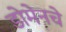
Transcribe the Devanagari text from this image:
डोमेनचे